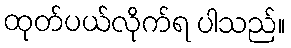
ထုတ်ပယ်လိုက်ရ ပါသည်။